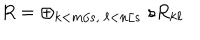
LaTeX: R = \oplus _ { k < m / s , \ \ell < n / s } \ s R _ { k \ell }